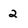
Character: 2